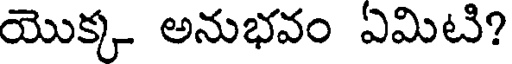
యొక్క అనుభవం ఏమిటి?